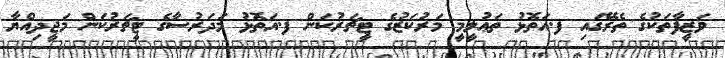
ވަޒީފާތަކުގެ ތެރޭގައި ފ.އަތޮޅު ތަޢުލީމީ މަރުކަޒުގެ ޓީޗަރުކަން ފ.އަތޮޅު މަދަރުސާގެ ޓީޗަރުކަން މަޖީދިއްޔާ